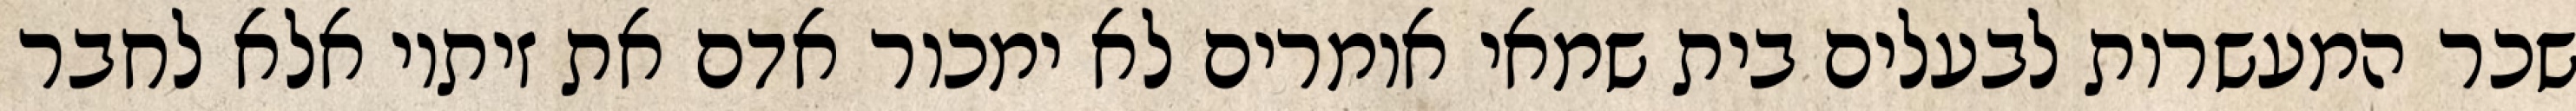
שכר המעשרות לבעלים בית שמאי אומרים לא ימכור אדם את זיתיו אלא לחבר